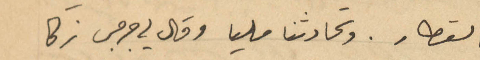
القطار. وتحادثنا مليا وقال لي جرجس زكا